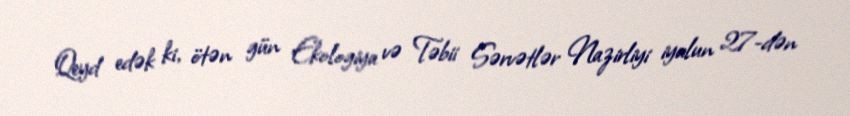
Qeyd edək ki, ötən gün Ekologiya və Təbii Sərvətlər Nazirliyi iyulun 27-dən